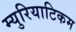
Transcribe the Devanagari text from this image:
म्युरियाटिकम